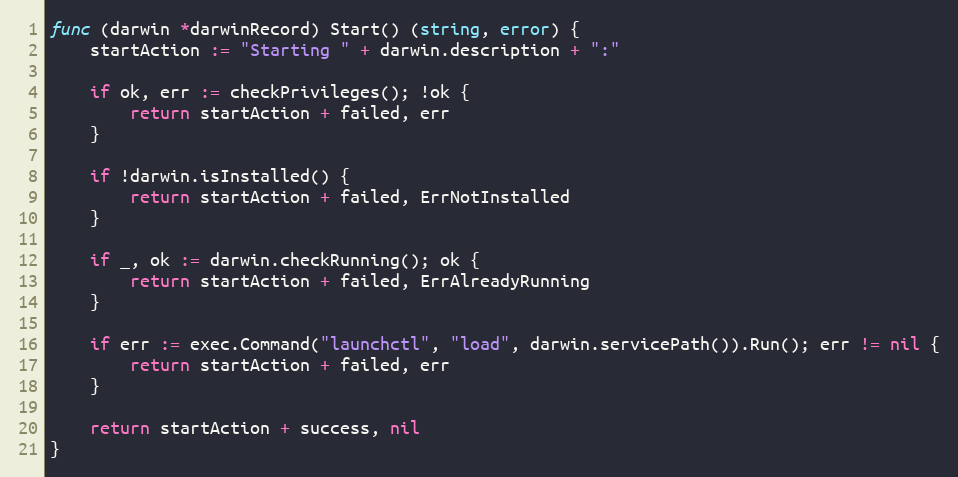
Language: Go
func (darwin *darwinRecord) Start() (string, error) {
	startAction := "Starting " + darwin.description + ":"

	if ok, err := checkPrivileges(); !ok {
		return startAction + failed, err
	}

	if !darwin.isInstalled() {
		return startAction + failed, ErrNotInstalled
	}

	if _, ok := darwin.checkRunning(); ok {
		return startAction + failed, ErrAlreadyRunning
	}

	if err := exec.Command("launchctl", "load", darwin.servicePath()).Run(); err != nil {
		return startAction + failed, err
	}

	return startAction + success, nil
}